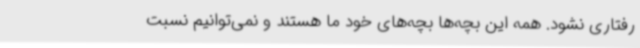
رفتاری نشود. همه‌ این بچه‌ها بچه‌های خود ما هستند و نمی‌توانیم نسبت